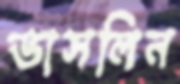
ভাসলিন